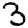
Digit: 3